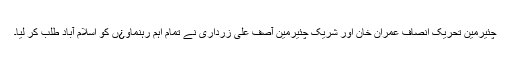
چئیرمین تحریک انصاف عمران خان اور شریک چئیرمین آصف علی زرداری نے تمام اہم رہنماو¿ں کو اسلام آباد طلب کر لیا۔